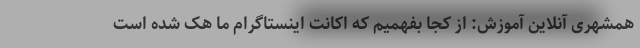
همشهری آنلاین آموزش: از کجا بفهمیم که اکانت اینستاگرام ما هک شده است